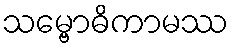
သမ္ဗောဓိကာမဿ